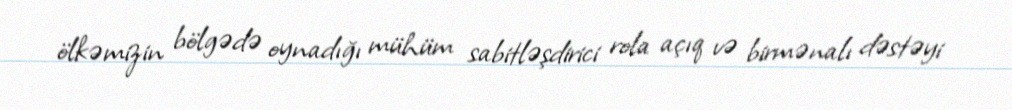
ölkəmizin bölgədə oynadığı mühüm sabitləşdirici rola açıq və birmənalı dəstəyi